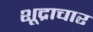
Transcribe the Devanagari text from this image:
शूद्राचार